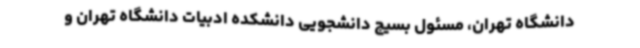
دانشگاه تهران، مسئول بسیج دانشجویی دانشکده ادبیات دانشگاه تهران و